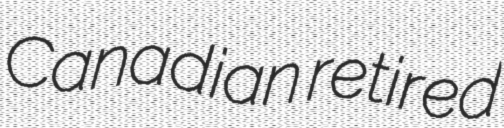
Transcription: Canadian retired